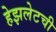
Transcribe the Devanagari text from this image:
हेझलेटची